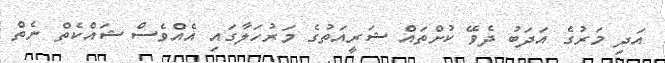
އަދި މަރުގެ އަދަބު ދެވޭ ކުށްތައް ޝަރީއަތުގެ މަރުހަލާގައި އެއްވެސް ޝައްކެތް ނެތް